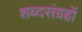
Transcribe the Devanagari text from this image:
शब्दसंग्रहों